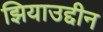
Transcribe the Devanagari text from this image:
झियाउद्दीन